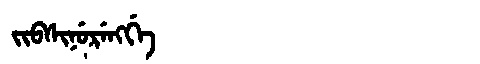
Manchu: ᠵᡳᠪᠰᡳᠨᡠᡵᡝᠩᡤᡝ
Romanization: JIBSINURENGGE